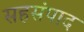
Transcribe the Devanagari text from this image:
सहसंपाद